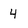
Character: 4